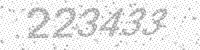
Solution: 223433